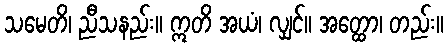
သမေတိ၊ ညီသနည်း။ ဣတိ အယံ၊ လျှင်။ အတ္ထော၊ တည်း။